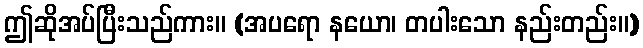
ဤဆိုအပ်ပြီးသည်ကား။ (အပရော နယော၊ တပါးသော နည်းတည်း။)